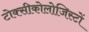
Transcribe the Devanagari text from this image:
टोक्सीकोलोजिस्टों